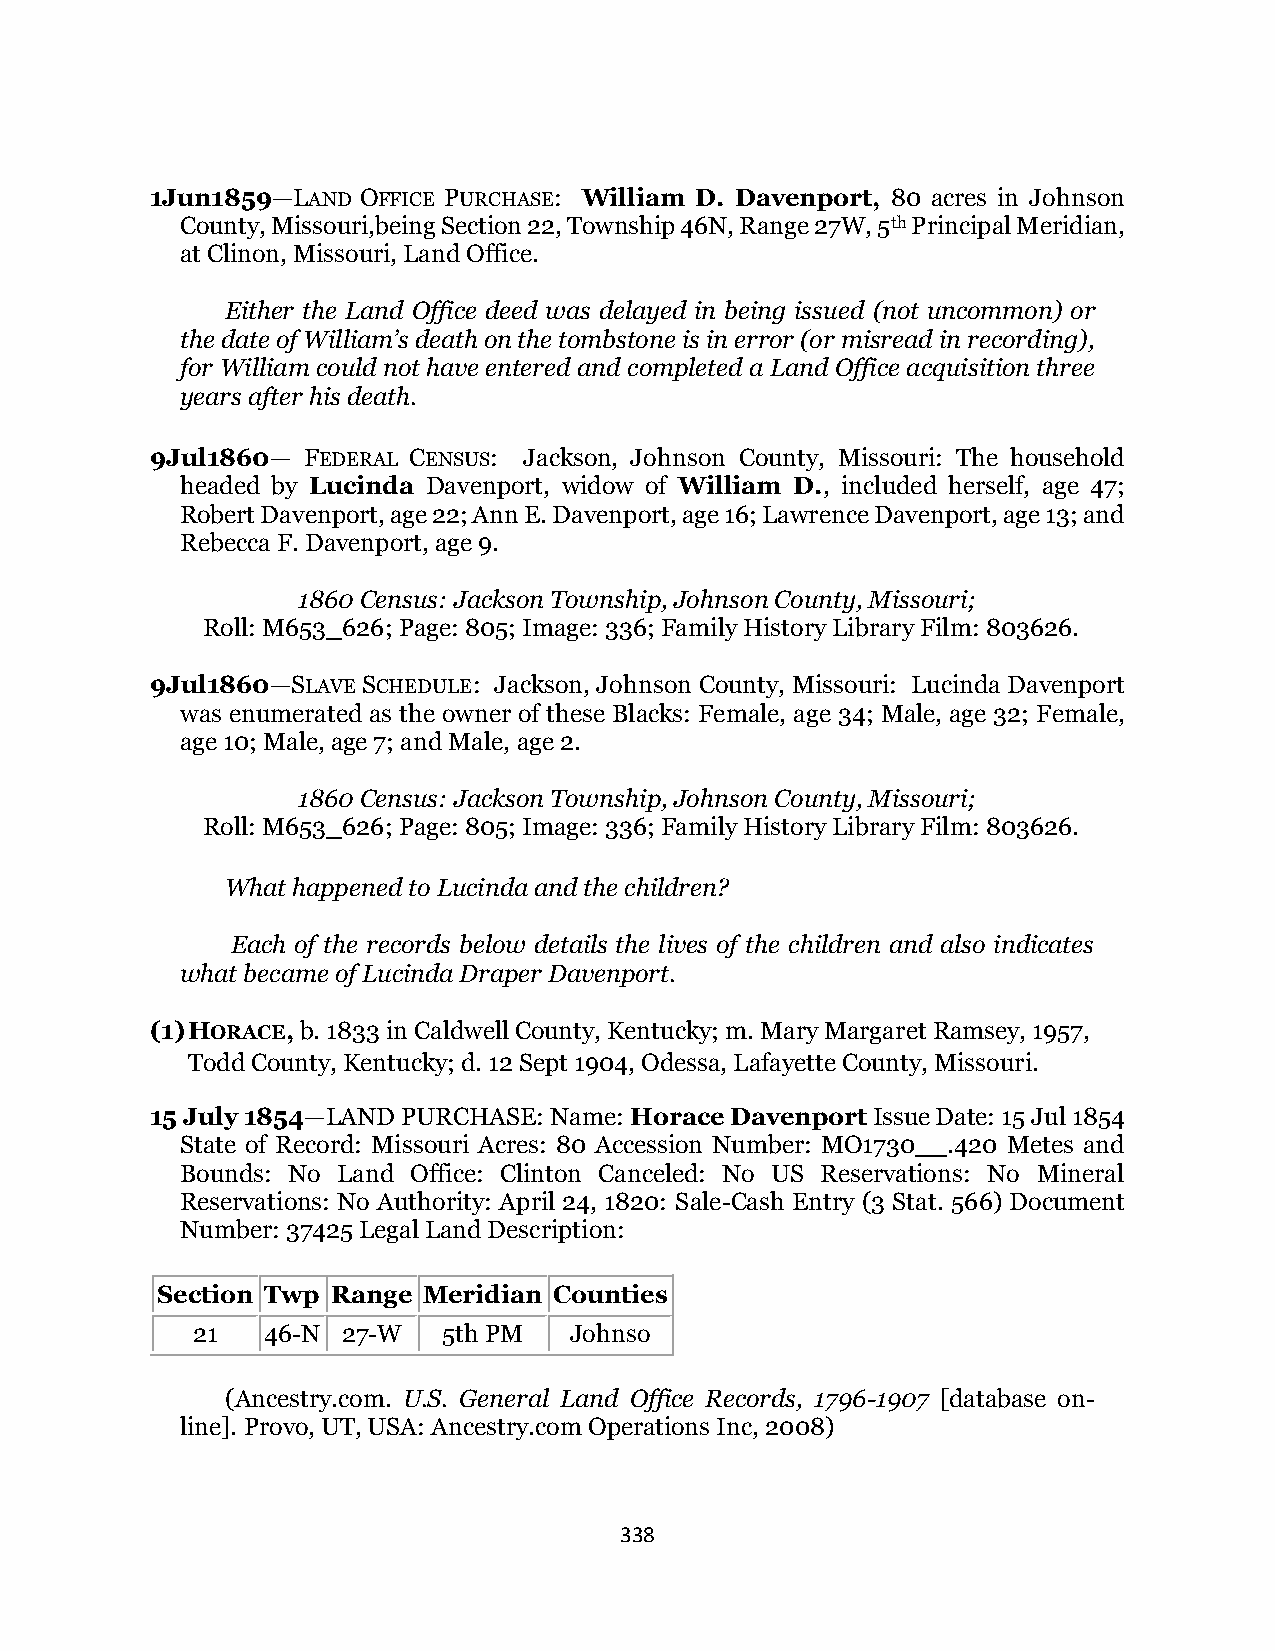
1Jun1859—LAND OFFICE PURCHASE: William D. Davenport, 80 acres in Johnson
 County, Missouri,being Section 22, Township 46N, Range 27W, 5th Principal Meridian,
 at Clinon, Missouri, Land Office.
 Either the Land Office deed was delayed in being issued (not uncommon) or
 the date of William’s death on the tombstone is in error (or misread in recording),
 for William could not have entered and completed a Land Office acquisition three
 years after his death.
 9Jul1860— FEDERAL CENSUS: Jackson, Johnson County, Missouri: The household
 headed by Lucinda Davenport, widow of William D., included herself, age 47;
 Robert Davenport, age 22; Ann E. Davenport, age 16; Lawrence Davenport, age 13; and
 Rebecca F. Davenport, age 9.
 1860 Census: Jackson Township, Johnson County, Missouri;
 Roll: M653_626; Page: 805; Image: 336; Family History Library Film: 803626.
 9Jul1860—SLAVE SCHEDULE: Jackson, Johnson County, Missouri: Lucinda Davenport
 was enumerated as the owner of these Blacks: Female, age 34; Male, age 32; Female,
 age 10; Male, age 7; and Male, age 2.
 1860 Census: Jackson Township, Johnson County, Missouri;
 Roll: M653_626; Page: 805; Image: 336; Family History Library Film: 803626.
 What happened to Lucinda and the children?
 Each of the records below details the lives of the children and also indicates
 what became of Lucinda Draper Davenport.
 (1) HORACE, b. 1833 in Caldwell County, Kentucky; m. Mary Margaret Ramsey, 1957,
 Todd County, Kentucky; d. 12 Sept 1904, Odessa, Lafayette County, Missouri.
 15 July 1854—LAND PURCHASE: Name: Horace Davenport Issue Date: 15 Jul 1854
 State of Record: Missouri Acres: 80 Accession Number: MO1730__.420 Metes and
 Bounds: No Land Office: Clinton Canceled: No US Reservations: No Mineral
 Reservations: No Authority: April 24, 1820: Sale-Cash Entry (3 Stat. 566) Document
 Number: 37425 Legal Land Description:
 Section Twp Range Meridian Counties
 21  46-N  27-W  5th PM   Johnso
 (Ancestry.com. U.S. General Land Office Records, 1796-1907 [database on-
 line]. Provo, UT, USA: Ancestry.com Operations Inc, 2008)
 338